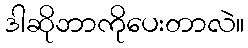
ဒါဆိုဘာကိုပေးတာလဲ။